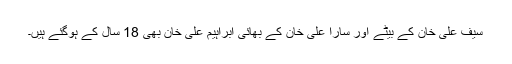
سیف علی خان کے بیٹے اور سارا علی خان کے بھائی ابراہیم علی خان بھی 18 سال کے ہوگئے ہیں۔